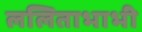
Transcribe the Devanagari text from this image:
ललिताभाभी